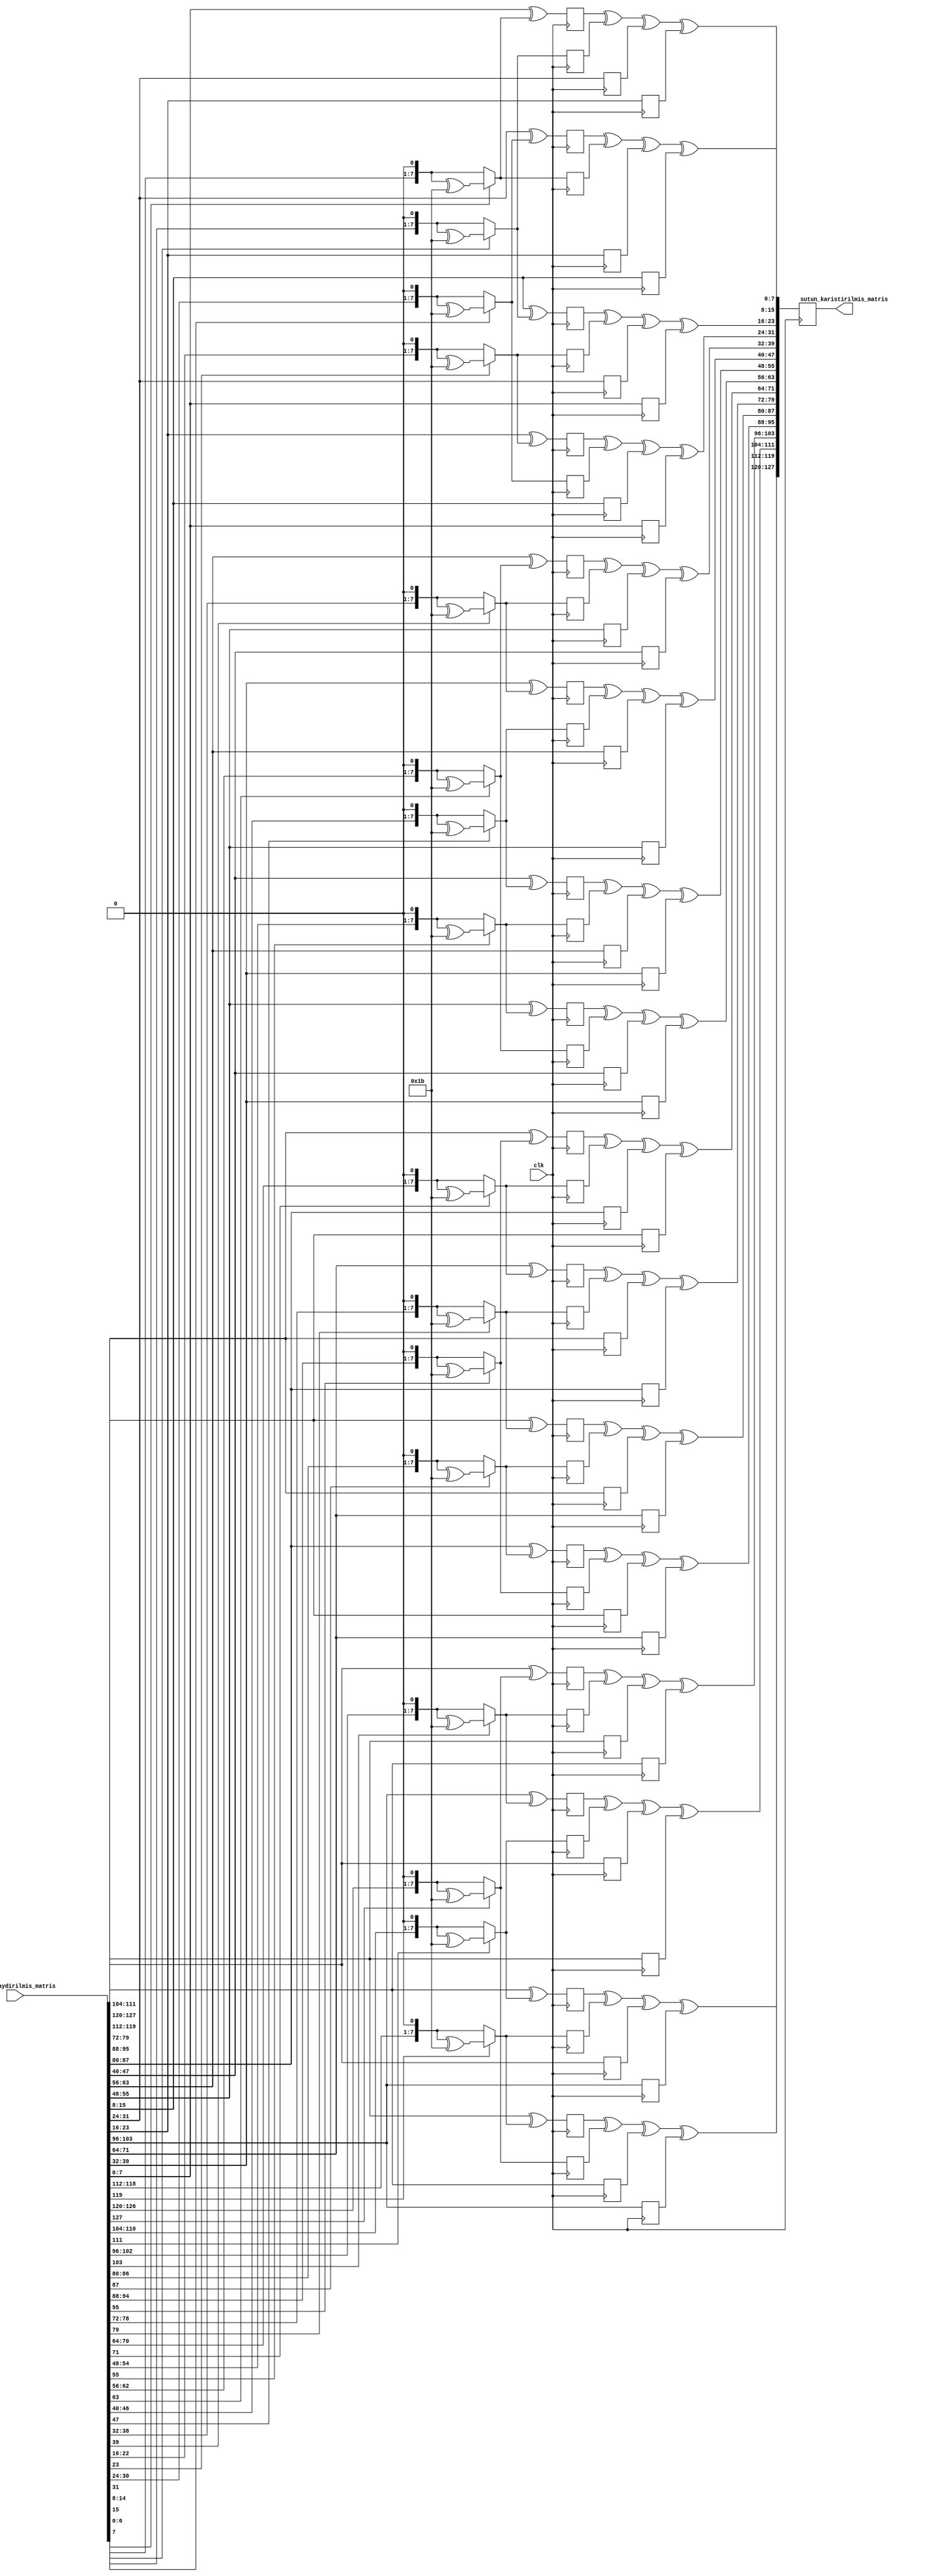
`timescale 1ns / 1ps

module sutun_karistirma(
    
    input clk,
    input  [127:0] satir_kaydirilmis_matris,
    output reg [127:0] sutun_karistirilmis_matris
    
    );

    reg [7:0] islem3ilecarpma[15:0];
    reg [7:0] islem2ilecarpma[15:0];
    reg [7:0] islem1ilecarpma1[15:0];
    reg [7:0] islem1ilecarpma2[15:0];

    always @(posedge clk) begin
    
    islem3ilecarpma [0] <= satir_kaydirilmis_matris[119:112] ^ ( satir_kaydirilmis_matris[119] == 0 ? {satir_kaydirilmis_matris[118:112],1'b0} : ({satir_kaydirilmis_matris[118:112],1'b0} ^ 8'h1b) );
    islem2ilecarpma [0] <= ( satir_kaydirilmis_matris[127] == 0 ? {satir_kaydirilmis_matris[126:120],1'b0} : ({satir_kaydirilmis_matris[126:120],1'b0} ^ 8'h1b) );
    islem1ilecarpma1[0] <= satir_kaydirilmis_matris[111:104];
    islem1ilecarpma2[0] <= satir_kaydirilmis_matris[103:96]; 

    islem3ilecarpma [1] <= ( satir_kaydirilmis_matris[111:104]^( satir_kaydirilmis_matris[111] == 0 ? {satir_kaydirilmis_matris[110:104],1'b0} : ({satir_kaydirilmis_matris[110:104],1'b0} ^ 8'h1b) ) );
    islem2ilecarpma [1] <= ( satir_kaydirilmis_matris[119] == 0 ? {satir_kaydirilmis_matris[118:112],1'b0} : ({satir_kaydirilmis_matris[118:112],1'b0} ^ 8'h1b) );
    islem1ilecarpma1[1] <= satir_kaydirilmis_matris[127:120];
    islem1ilecarpma2[1] <= satir_kaydirilmis_matris[103:96] ;

    islem3ilecarpma [2] <= ( satir_kaydirilmis_matris[103:96]^( satir_kaydirilmis_matris[103] == 0 ? {satir_kaydirilmis_matris[102:96],1'b0} : ({satir_kaydirilmis_matris[102:96],1'b0} ^ 8'h1b) ) );
    islem2ilecarpma [2] <= ( satir_kaydirilmis_matris[111] == 0 ? {satir_kaydirilmis_matris[110:104],1'b0} : ({satir_kaydirilmis_matris[110:104],1'b0} ^ 8'h1b) );
    islem1ilecarpma1[2] <= satir_kaydirilmis_matris[127:120];
    islem1ilecarpma2[2] <= satir_kaydirilmis_matris[119:112];

    islem3ilecarpma [3] <= ( satir_kaydirilmis_matris[127:120]^( satir_kaydirilmis_matris[127] == 0 ? {satir_kaydirilmis_matris[126:120],1'b0} : ({satir_kaydirilmis_matris[126:120],1'b0} ^ 8'h1b) ) );
    islem2ilecarpma [3] <= ( satir_kaydirilmis_matris[103] == 0 ? {satir_kaydirilmis_matris[102:96],1'b0} : ({satir_kaydirilmis_matris[102:96],1'b0} ^ 8'h1b) );
    islem1ilecarpma1[3] <= satir_kaydirilmis_matris[119:112];
    islem1ilecarpma2[3] <= satir_kaydirilmis_matris[111:104];

    islem3ilecarpma [4] <= ( satir_kaydirilmis_matris[87:80]^( satir_kaydirilmis_matris[87] == 0 ? {satir_kaydirilmis_matris[86:80],1'b0} : ({satir_kaydirilmis_matris[86:80],1'b0} ^ 8'h1b) ) );
    islem2ilecarpma [4] <= ( satir_kaydirilmis_matris[95] == 0 ? {satir_kaydirilmis_matris[94:88],1'b0} : ({satir_kaydirilmis_matris[94:88],1'b0} ^ 8'h1b) );
    islem1ilecarpma1[4] <= satir_kaydirilmis_matris[79:72];
    islem1ilecarpma2[4] <= satir_kaydirilmis_matris[71:64];

    islem3ilecarpma [5] <= ( satir_kaydirilmis_matris[79:72]^( satir_kaydirilmis_matris[79] == 0 ? {satir_kaydirilmis_matris[78:72],1'b0} : ({satir_kaydirilmis_matris[78:72],1'b0} ^ 8'h1b) ) );
    islem2ilecarpma [5] <= ( satir_kaydirilmis_matris[87] == 0 ? {satir_kaydirilmis_matris[86:80],1'b0} : ({satir_kaydirilmis_matris[86:80],1'b0} ^ 8'h1b) );
    islem1ilecarpma1[5] <= satir_kaydirilmis_matris[95:88];
    islem1ilecarpma2[5] <= satir_kaydirilmis_matris[71:64];

    islem3ilecarpma [6] <= ( satir_kaydirilmis_matris[71:64]^( satir_kaydirilmis_matris[71] == 0 ? {satir_kaydirilmis_matris[70:64],1'b0} : ({satir_kaydirilmis_matris[70:64],1'b0} ^ 8'h1b) ) ); 
    islem2ilecarpma [6] <= ( satir_kaydirilmis_matris[79] == 0 ? {satir_kaydirilmis_matris[78:72],1'b0} : ({satir_kaydirilmis_matris[78:72],1'b0} ^ 8'h1b) );
    islem1ilecarpma1[6] <= satir_kaydirilmis_matris[95:88];
    islem1ilecarpma2[6] <= satir_kaydirilmis_matris[87:80];

    islem3ilecarpma [7] <= ( satir_kaydirilmis_matris[95:88]^( satir_kaydirilmis_matris[95] == 0 ? {satir_kaydirilmis_matris[94:88],1'b0} : ({satir_kaydirilmis_matris[94:88],1'b0} ^ 8'h1b) ) );
    islem2ilecarpma [7] <= ( satir_kaydirilmis_matris[71] == 0 ? {satir_kaydirilmis_matris[70:64],1'b0} : ({satir_kaydirilmis_matris[70:64],1'b0} ^ 8'h1b) );
    islem1ilecarpma1[7] <= satir_kaydirilmis_matris[87:80];
    islem1ilecarpma2[7] <= satir_kaydirilmis_matris[79:72];

    islem3ilecarpma [8] <= ( satir_kaydirilmis_matris[55:48]^( satir_kaydirilmis_matris[55] == 0 ? {satir_kaydirilmis_matris[54:48],1'b0} : ({satir_kaydirilmis_matris[54:48],1'b0} ^ 8'h1b) ) );
    islem2ilecarpma [8] <= ( satir_kaydirilmis_matris[63] == 0 ? {satir_kaydirilmis_matris[62:56],1'b0} : ({satir_kaydirilmis_matris[62:56],1'b0} ^ 8'h1b) );
    islem1ilecarpma1[8] <= satir_kaydirilmis_matris[47:40];
    islem1ilecarpma2[8] <= satir_kaydirilmis_matris[39:32];

    islem3ilecarpma [9] <= ( satir_kaydirilmis_matris[47:40]^( satir_kaydirilmis_matris[47] == 0 ? {satir_kaydirilmis_matris[46:40],1'b0} : ({satir_kaydirilmis_matris[46:40],1'b0} ^ 8'h1b) ) );
    islem2ilecarpma [9] <= ( satir_kaydirilmis_matris[55] == 0 ? {satir_kaydirilmis_matris[54:48],1'b0} : ({satir_kaydirilmis_matris[54:48],1'b0} ^ 8'h1b) );
    islem1ilecarpma1[9] <= satir_kaydirilmis_matris[63:56];
    islem1ilecarpma2[9] <= satir_kaydirilmis_matris[39:32];

    islem3ilecarpma [10] <= ( satir_kaydirilmis_matris[39:32]^( satir_kaydirilmis_matris[39] == 0 ? {satir_kaydirilmis_matris[38:32],1'b0} : ({satir_kaydirilmis_matris[38:32],1'b0} ^ 8'h1b) ) );
    islem2ilecarpma [10] <= ( satir_kaydirilmis_matris[47] == 0 ? {satir_kaydirilmis_matris[46:40],1'b0} : ({satir_kaydirilmis_matris[46:40],1'b0} ^ 8'h1b) );
    islem1ilecarpma1[10] <= satir_kaydirilmis_matris[63:56];
    islem1ilecarpma2[10] <= satir_kaydirilmis_matris[55:48];

    islem3ilecarpma [11] <= ( satir_kaydirilmis_matris[63:56]^( satir_kaydirilmis_matris[63] == 0 ? {satir_kaydirilmis_matris[62:56],1'b0} : ({satir_kaydirilmis_matris[62:56],1'b0} ^ 8'h1b) ) );
    islem2ilecarpma [11] <= ( satir_kaydirilmis_matris[39] == 0 ? {satir_kaydirilmis_matris[38:32],1'b0} : ({satir_kaydirilmis_matris[38:32],1'b0} ^ 8'h1b) );
    islem1ilecarpma1[11] <= satir_kaydirilmis_matris[55:48];
    islem1ilecarpma2[11] <= satir_kaydirilmis_matris[47:40];
  
    islem3ilecarpma [12] <= ( satir_kaydirilmis_matris[23:16]^( satir_kaydirilmis_matris[23] == 0 ? {satir_kaydirilmis_matris[22:16],1'b0} : ({satir_kaydirilmis_matris[22:16],1'b0} ^ 8'h1b) ) );
    islem2ilecarpma [12] <= ( satir_kaydirilmis_matris[31] == 0 ? {satir_kaydirilmis_matris[30:24],1'b0} : ({satir_kaydirilmis_matris[30:24],1'b0} ^ 8'h1b) );
    islem1ilecarpma1[12] <= satir_kaydirilmis_matris[15:8];
    islem1ilecarpma2[12] <= satir_kaydirilmis_matris[7:0];

    islem3ilecarpma [13] <= ( satir_kaydirilmis_matris[15:8]^( satir_kaydirilmis_matris[15] == 0 ? {satir_kaydirilmis_matris[14:8],1'b0} : ({satir_kaydirilmis_matris[14:8],1'b0} ^ 8'h1b) ) );
    islem2ilecarpma [13] <= ( satir_kaydirilmis_matris[23] == 0 ? {satir_kaydirilmis_matris[22:16],1'b0} : ({satir_kaydirilmis_matris[22:16],1'b0} ^ 8'h1b) );
    islem1ilecarpma1[13] <= satir_kaydirilmis_matris[31:24];
    islem1ilecarpma2[13] <= satir_kaydirilmis_matris[7:0];

    islem3ilecarpma [14] <= ( satir_kaydirilmis_matris[7:0]^( satir_kaydirilmis_matris[7] == 0 ? {satir_kaydirilmis_matris[6:0],1'b0} : ({satir_kaydirilmis_matris[6:0],1'b0} ^ 8'h1b) ) );
    islem2ilecarpma [14] <= ( satir_kaydirilmis_matris[15] == 0 ? {satir_kaydirilmis_matris[14:8],1'b0} : ({satir_kaydirilmis_matris[14:8],1'b0} ^ 8'h1b) );
    islem1ilecarpma1[14] <= satir_kaydirilmis_matris[31:24];
    islem1ilecarpma2[14] <= satir_kaydirilmis_matris[23:16];
 
    islem3ilecarpma [15] <= ( satir_kaydirilmis_matris[31:24]^( satir_kaydirilmis_matris[31] == 0 ? {satir_kaydirilmis_matris[30:24],1'b0} : ({satir_kaydirilmis_matris[30:24],1'b0} ^ 8'h1b) ) );
    islem2ilecarpma [15] <= ( satir_kaydirilmis_matris[7] == 0 ? {satir_kaydirilmis_matris[6:0],1'b0} : ({satir_kaydirilmis_matris[6:0],1'b0} ^ 8'h1b) );
    islem1ilecarpma1[15] <= satir_kaydirilmis_matris[23:16];
    islem1ilecarpma2[15] <= satir_kaydirilmis_matris[15:8];


    sutun_karistirilmis_matris[127:120] <= islem3ilecarpma[0]  ^ islem2ilecarpma[0]  ^ islem1ilecarpma1[0]  ^ islem1ilecarpma2[0];
    sutun_karistirilmis_matris[119:112] <= islem3ilecarpma[1]  ^ islem2ilecarpma[1]  ^ islem1ilecarpma1[1]  ^ islem1ilecarpma2[1];
    sutun_karistirilmis_matris[111:104] <= islem3ilecarpma[2]  ^ islem2ilecarpma[2]  ^ islem1ilecarpma1[2]  ^ islem1ilecarpma2[2];
    sutun_karistirilmis_matris[103:96]  <= islem3ilecarpma[3]  ^ islem2ilecarpma[3]  ^ islem1ilecarpma1[3]  ^ islem1ilecarpma2[3];

    sutun_karistirilmis_matris[95:88]   <= islem3ilecarpma[4]  ^ islem2ilecarpma[4]  ^ islem1ilecarpma1[4]  ^ islem1ilecarpma2[4];
    sutun_karistirilmis_matris[87:80]   <= islem3ilecarpma[5]  ^ islem2ilecarpma[5]  ^ islem1ilecarpma1[5]  ^ islem1ilecarpma2[5];
    sutun_karistirilmis_matris[79:72]   <= islem3ilecarpma[6]  ^ islem2ilecarpma[6]  ^ islem1ilecarpma1[6]  ^ islem1ilecarpma2[6];
    sutun_karistirilmis_matris[71:64]   <= islem3ilecarpma[7]  ^ islem2ilecarpma[7]  ^ islem1ilecarpma1[7]  ^ islem1ilecarpma2[7];
                                          
    sutun_karistirilmis_matris[63:56]   <= islem3ilecarpma[8]  ^ islem2ilecarpma[8]  ^ islem1ilecarpma1[8]  ^ islem1ilecarpma2[8] ;
    sutun_karistirilmis_matris[55:48]   <= islem3ilecarpma[9]  ^ islem2ilecarpma[9]  ^ islem1ilecarpma1[9]  ^ islem1ilecarpma2[9] ;
    sutun_karistirilmis_matris[47:40]   <= islem3ilecarpma[10] ^ islem2ilecarpma[10] ^ islem1ilecarpma1[10] ^ islem1ilecarpma2[10];
    sutun_karistirilmis_matris[39:32]   <= islem3ilecarpma[11] ^ islem2ilecarpma[11] ^ islem1ilecarpma1[11] ^ islem1ilecarpma2[11];
                                          
    sutun_karistirilmis_matris[31:24]   <= islem3ilecarpma[12] ^ islem2ilecarpma[12] ^ islem1ilecarpma1[12] ^ islem1ilecarpma2[12];
    sutun_karistirilmis_matris[23:16]   <= islem3ilecarpma[13] ^ islem2ilecarpma[13] ^ islem1ilecarpma1[13] ^ islem1ilecarpma2[13];
    sutun_karistirilmis_matris[15:8]    <= islem3ilecarpma[14] ^ islem2ilecarpma[14] ^ islem1ilecarpma1[14] ^ islem1ilecarpma2[14];
    sutun_karistirilmis_matris[7:0]     <= islem3ilecarpma[15] ^ islem2ilecarpma[15] ^ islem1ilecarpma1[15] ^ islem1ilecarpma2[15];

    end

endmodule